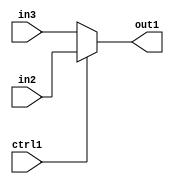
`timescale 1ps / 1ps
/*****************************************************************************
    Verilog RTL Description
    
    
    Created by: Stratus DpOpt 2019.1.01 
*******************************************************************************/

module DC_Filter_N_Mux_32_2_3_1 (
	in3,
	in2,
	ctrl1,
	out1
	); /* architecture "behavioural" */ 
input [31:0] in3,
	in2;
input  ctrl1;
output [31:0] out1;
wire [31:0] asc001;

reg [31:0] asc001_tmp_0;
assign asc001 = asc001_tmp_0;
always @ (ctrl1 or in2 or in3) begin
	case (ctrl1)
		1'B1 : asc001_tmp_0 = in2 ;
		default : asc001_tmp_0 = in3 ;
	endcase
end

assign out1 = asc001;
endmodule

/* CADENCE  uLX2SQg= : u9/ySgnWtBlWxVPRXgAZ4Og= ** DO NOT EDIT THIS LINE ******/